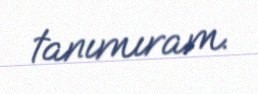
tanımıram.